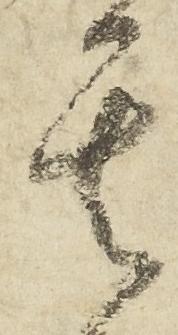
其